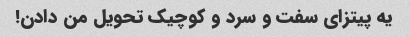
یه پیتزای سفت و سرد و کوچیک تحویل من دادن!